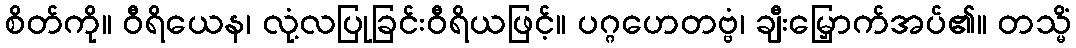
စိတ်ကို။ ဝီရိယေန၊ လုံ့လပြုခြင်းဝီရိယဖြင့်။ ပဂ္ဂဟေတဗ္ဗံ၊ ချီးမြှောက်အပ်၏။ တသ္မိံ